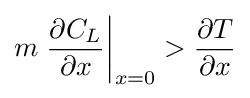
m\left.{\frac {\partial C_{L}}{\partial x}}\right|_{x=0}>{\frac {\partial T}{\partial x}}